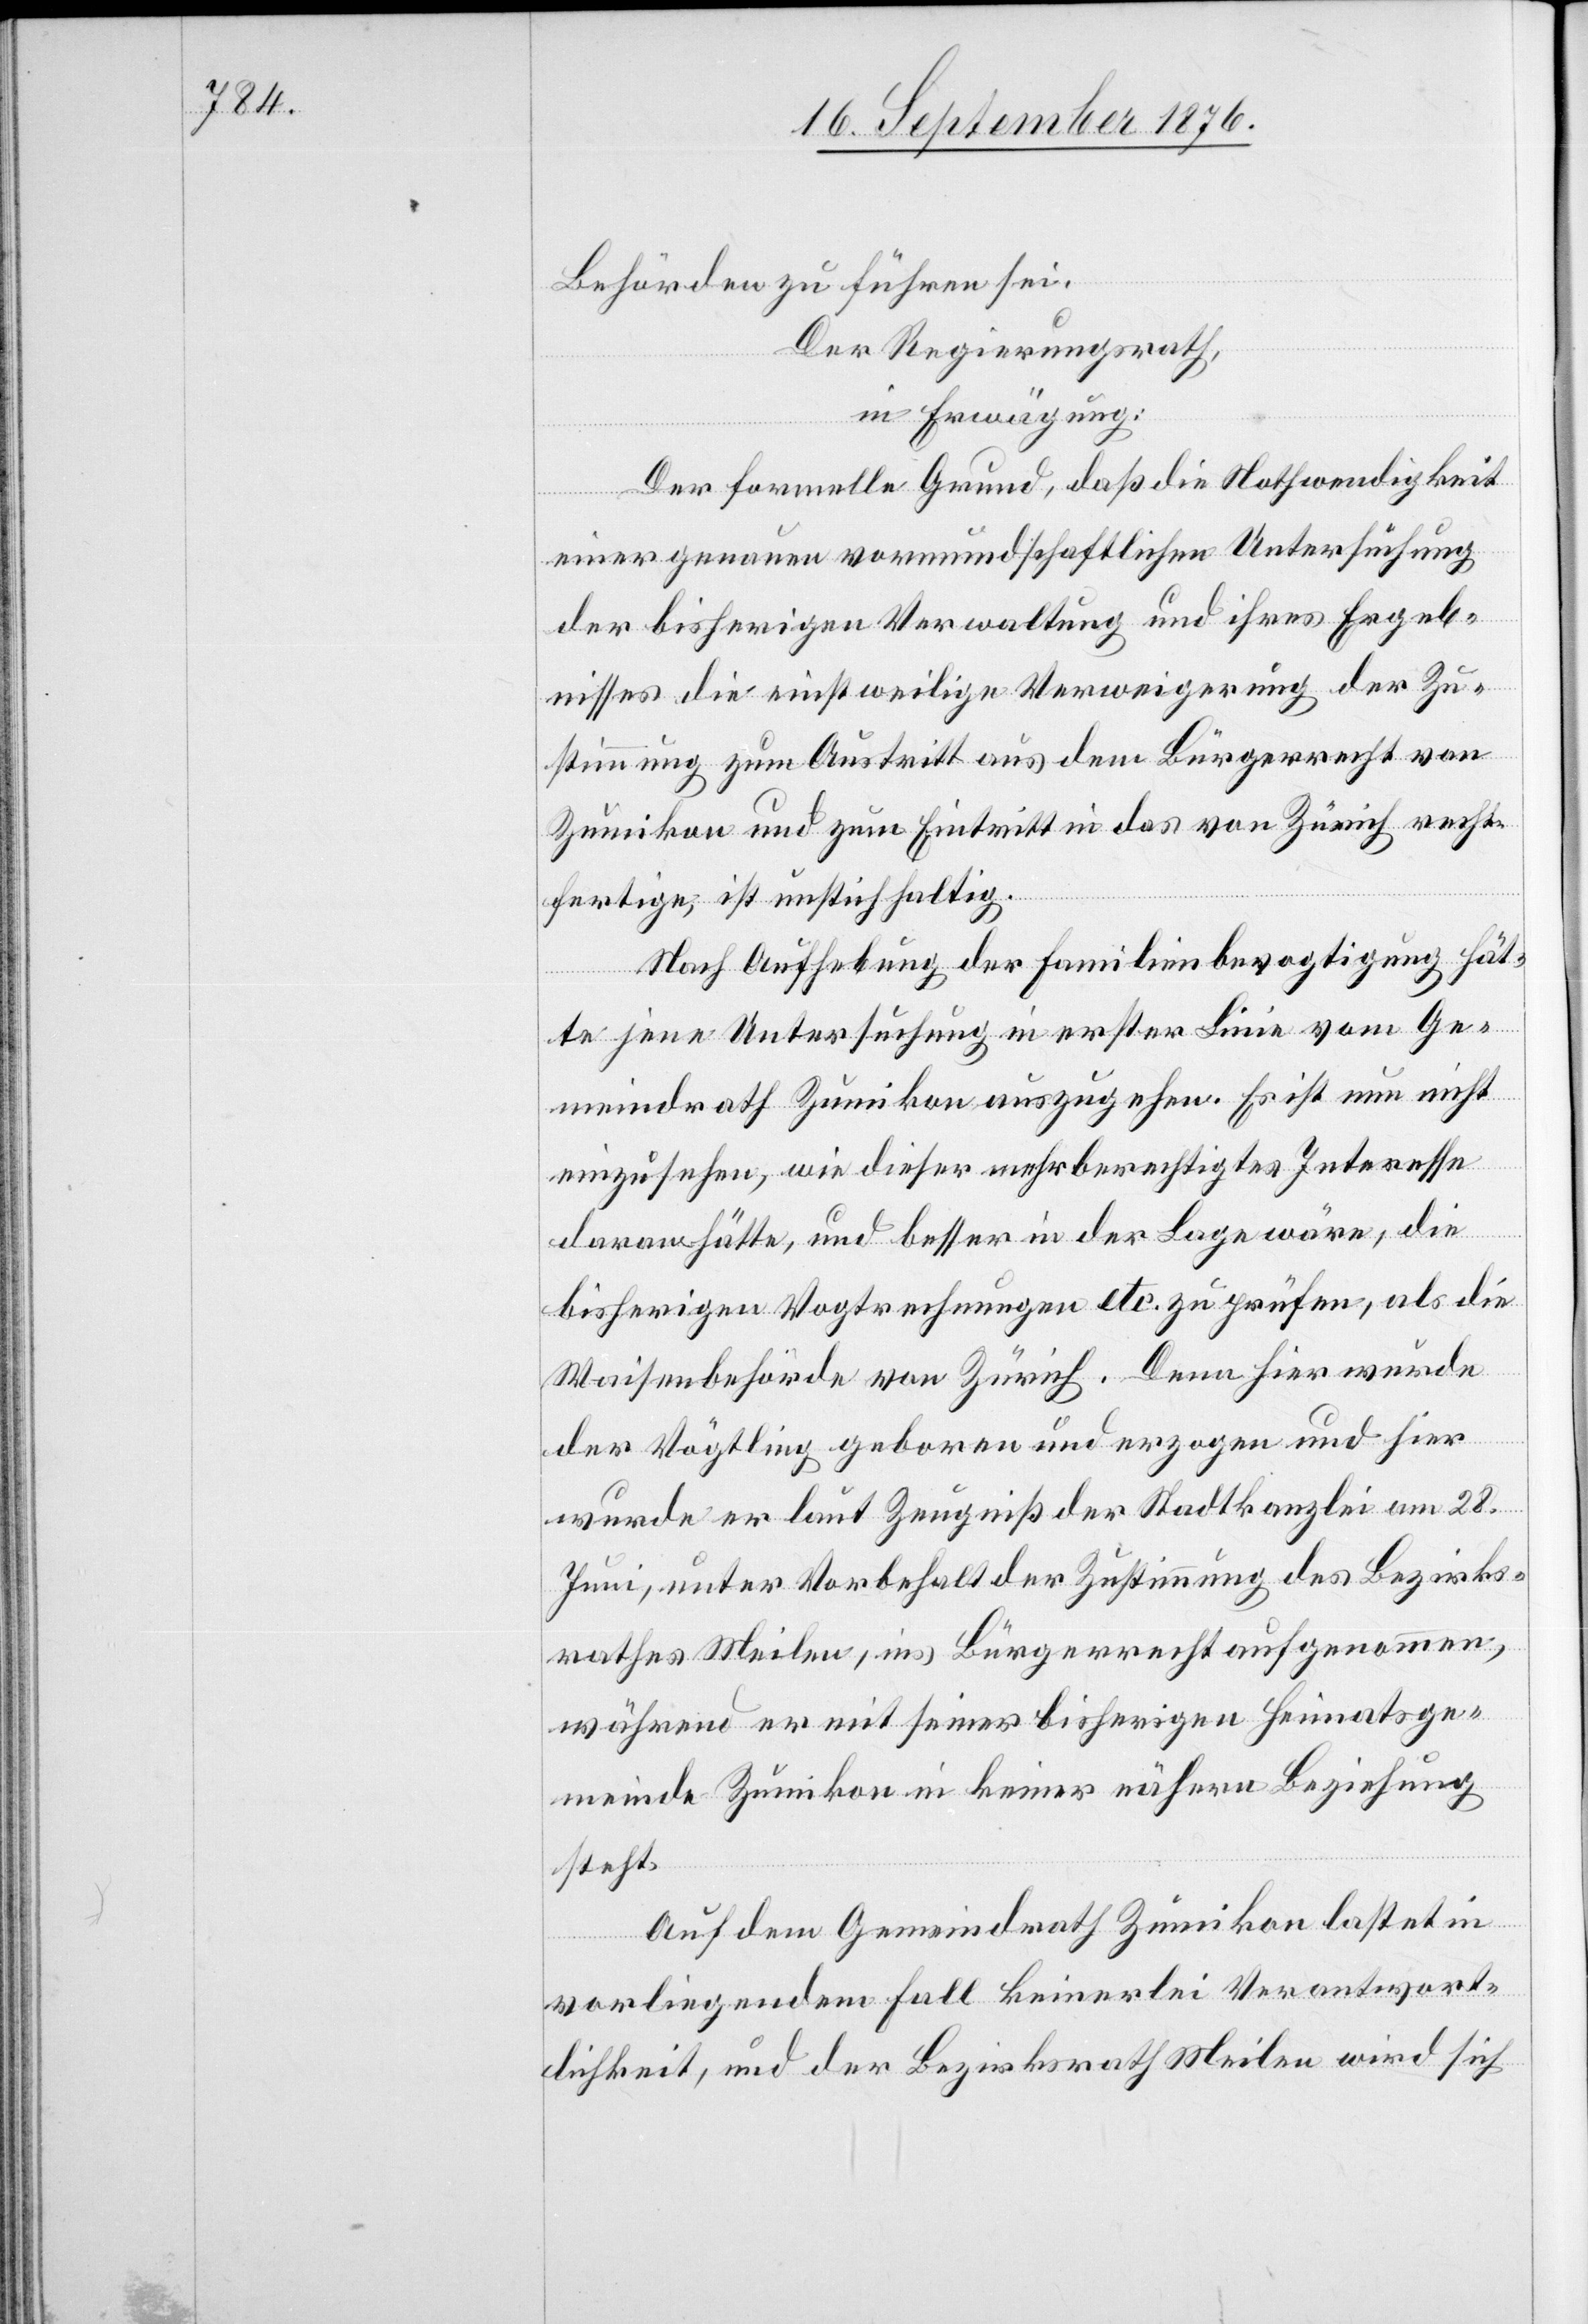
Behörden zu führen sei.
Der Regierungsrath,
in Erwägung:
Der formelle Grund, daß die Nothwendigkeit
einer genauen vormundschaftlichen Untersuchung
der bisherigen Verwaltung und ihres Ergeb¬
nisses die einstweilige Verweigerung der Zu¬
stimmung zum Austritt aus dem Bürgerrecht von
Zumikon und zum Eintritt in das von Zürich recht¬
fertige, ist unstichhaltig.
Nach Aufhebung der Familienbevogtigung hät¬
te jene Untersuchung in erster Linie vom Ge¬
meindrath Zumikon auszugehen. Es ist nun nicht
einzusehen, wie dieser mehr berechtigtes Interesse
daran hätte, und besser in der Lage wäre, die
bisherigen Vogtrechnungen etc. zu prüfen, als die
Waisenbehörde von Zürich. Denn hier wurde
der Vögtling geboren und erzogen und hier
wurde er laut Zeugniß der Stadtkanzlei am 28.
Juni, unter Vorbehalt der Zustimmung des Bezirks¬
rathes Meilen, ins Bürgerrecht aufgenommen,
während er mit seiner bisherigen Heimatsge¬
meinde Zumikon in keiner nähern Beziehung
steht.
Auf dem Gemeindrath Zumikon lastet in
vorliegendem Fall keinerlei Verantwort¬
lichkeit, und der Bezirksrath Meilen wird sich